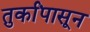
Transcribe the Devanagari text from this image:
तुर्कांपासून